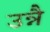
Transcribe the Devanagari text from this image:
उन्नै